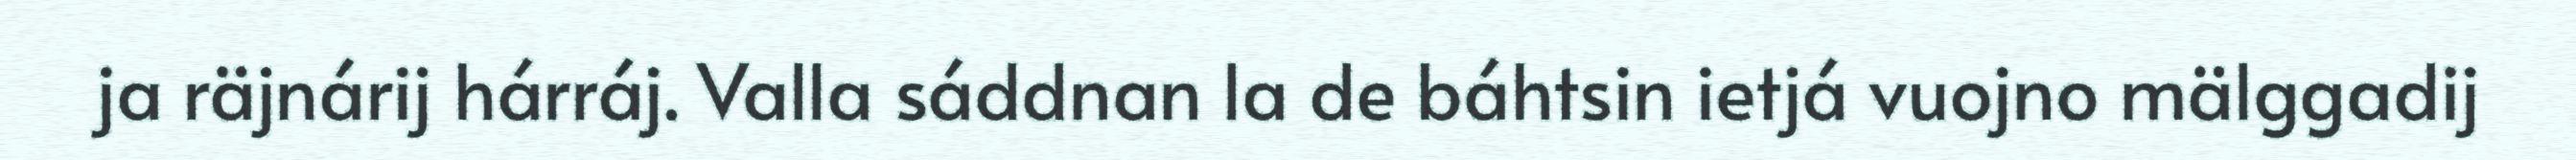
ja räjnárij hárráj. Valla sáddnan la de báhtsin ietjá vuojno mälggadij